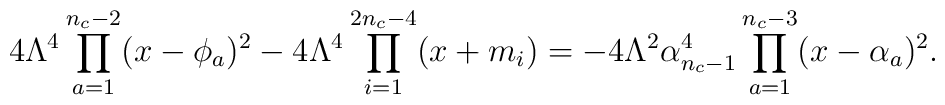
4\Lambda^{4} \prod_{a=1}^{n_{c}-2} (x-\phi_{a})^{2}          - 4\Lambda^{4}\prod_{i=1}^{2n_{c}-4}(x+m_{i})          = - 4\Lambda^{2} \alpha_{n_{c}-1}^{4}          \prod_{a=1}^{n_{c}-3} (x-\alpha_{a})^{2}.